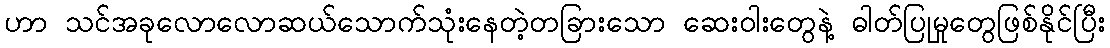
ဟာ သင်အခုလောလောဆယ်သောက်သုံးနေတဲ့တခြားသော ဆေးဝါးတွေနဲ့ ဓါတ်ပြုမှုတွေဖြစ်နိုင်ပြီး